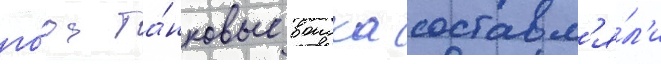
го́да та́нковые воиска составл'я́л'и